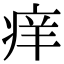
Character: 痒